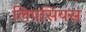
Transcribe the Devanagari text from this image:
लिपसियस